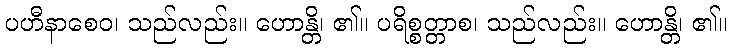
ပဟီနာစေဝ၊ သည်လည်း။ ဟောန္တိ၊ ၏။ ပရိစ္စတ္တာစ၊ သည်လည်း။ ဟောန္တိ၊ ၏။